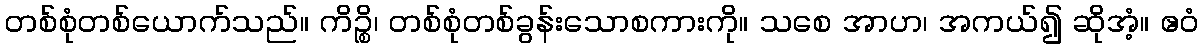
တစ်စုံတစ်ယောက်သည်။ ကိဉ္စိ၊ တစ်စုံတစ်ခွန်းသောစကားကို။ သစေ အာဟ၊ အကယ်၍ ဆိုအံ့။ ဧဝံ